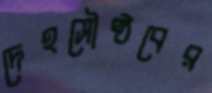
দেহসৌষ্ঠবের